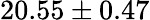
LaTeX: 20.55\pm 0.47